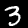
Label: 3